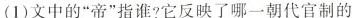
(1)文中的”帝”指谁?它反映了哪一朝代官制的